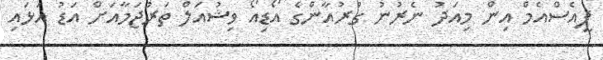
ޕީއެސްއެމް އިން މިއަދު ނެރުނު ގުރުއާންގެ އޯޑިއޯ ވިޝުއަލް ތަރުޖަމާއަށް އަޑު އަޅައި